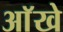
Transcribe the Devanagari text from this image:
आॅखे